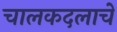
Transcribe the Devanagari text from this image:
चालकदलाचे